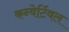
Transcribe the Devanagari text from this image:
कन्वेर्टिवल